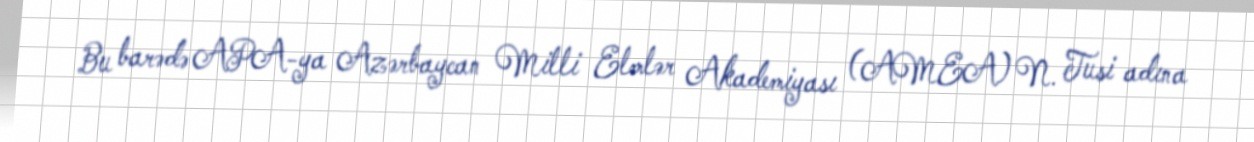
Bu barədə APA-ya Azərbaycan Milli Elmlər Akademiyası (AMEA) N. Tusi adına